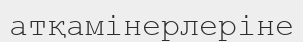
атқамінерлеріне